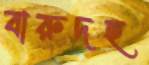
বারুদহ